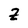
Character: Z